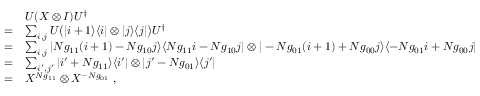
\begin{array} { r l } & { U ( X \otimes I ) U ^ { \dag } } \\ { = } & { \sum _ { i , j } U \big ( | i + 1 \rangle \langle i | \otimes | j \rangle \langle j | \big ) U ^ { \dag } } \\ { = } & { \sum _ { i , j } | N g _ { 1 1 } ( i + 1 ) - N g _ { 1 0 } j \rangle \langle N g _ { 1 1 } i - N g _ { 1 0 } j | \otimes | - N g _ { 0 1 } ( i + 1 ) + N g _ { 0 0 } j \rangle \langle - N g _ { 0 1 } i + N g _ { 0 0 } j | } \\ { = } & { \sum _ { i ^ { \prime } , j ^ { \prime } } | i ^ { \prime } + N g _ { 1 1 } \rangle \langle i ^ { \prime } | \otimes | j ^ { \prime } - N g _ { 0 1 } \rangle \langle j ^ { \prime } | } \\ { = } & { X ^ { N g _ { 1 1 } } \otimes X ^ { - N g _ { 0 1 } } \; , } \end{array}